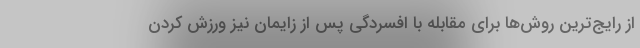
از رایج‌ترین روش‌ها برای مقابله با افسردگی پس از زایمان نیز ورزش کردن